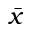
\bar { x }